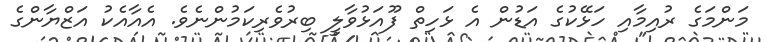
މަންމަގެ ރުއިމާއި ހަޅޭކުގެ އަޑުން އެ ޅަހިތް ފޫއަޅުވާލީ ބިރުވެރިިކަމުންނެވެ. އެއާއެކު އަޒްޔާންގެ